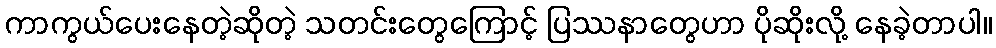
ကာကွယ်ပေးနေတဲ့ဆိုတဲ့ သတင်းတွေကြောင့် ပြဿနာတွေဟာ ပိုဆိုးလို့ နေခဲ့တာပါ။